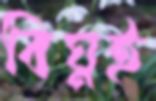
বিঘ্নই